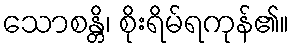
သောစန္တိ၊ စိုးရိမ်ရကုန်၏။